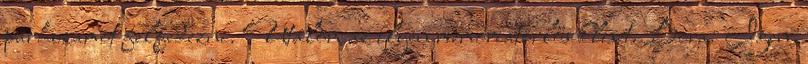
párhuzamot felfedezni. Utálom az ilyen memóriatörlős klisét. Bora: Igen,